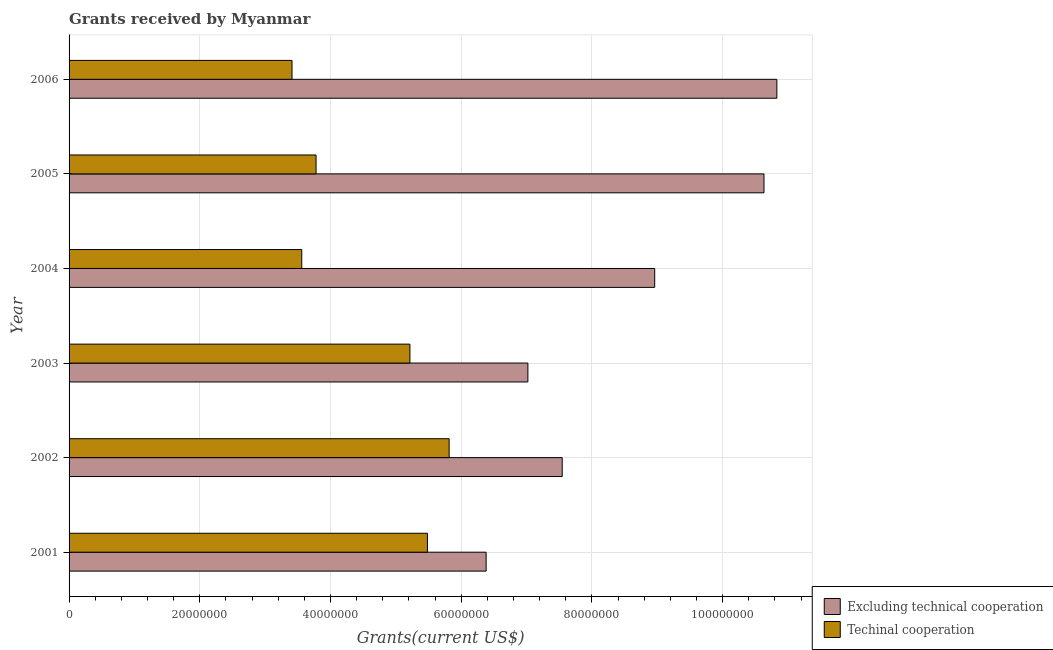
| Year | Excluding technical cooperation | Techinal cooperation |
 | --- | --- | --- |
 | 2001 | 6.38e+07 | 5.48e+07 |
 | 2002 | 7.54e+07 | 5.82e+07 |
 | 2003 | 7.02e+07 | 5.22e+07 |
 | 2004 | 8.96e+07 | 3.56e+07 |
 | 2005 | 1.06e+08 | 3.78e+07 |
 | 2006 | 1.08e+08 | 3.41e+07 |